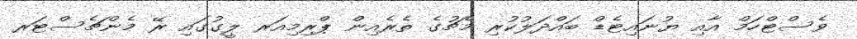
ވެސްޓްހަމް އާއި ޔުނައިޓެޑް ބައްދަލުކުރި މެޗުގެ ތެރެއިން ޕްރިމިއަރ ލީގުގައި ރޭ މެންޗެސްޓަރ